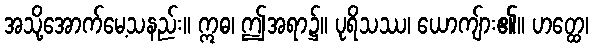
အသို့အောက်မေ့သနည်း။ ဣဓ၊ ဤအရာ၌။ ပုရိသဿ၊ ယောကျ်ား၏။ ဟတ္ထေ၊